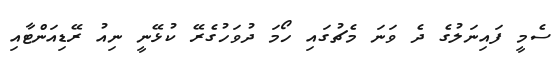
ސެމީ ފައިނަލުގެ ދެ ވަނަ މެޗުގައި ހޯމަ ދުވަހުގެރޭ ކުޅޭނީ ނިއު ރޭޑިއަންޓާއި